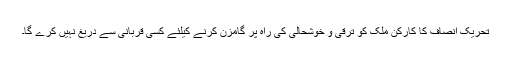
تحریک انصاف کا کارکن ملک کو ترقی و خوشحالی کی راہ پر گامزن کرنے کیلئے کسی قربانی سے دریغ نہیں کرے گا۔